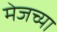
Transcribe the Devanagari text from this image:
मेजच्या